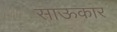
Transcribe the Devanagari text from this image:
साऊकार